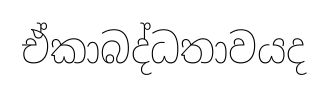
ඒකාබද්ධතාවයද